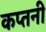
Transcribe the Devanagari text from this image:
कप्तनी